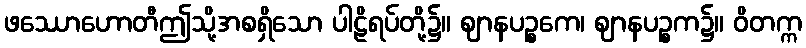
ဖဿောဟောတီဤသို့အစရှိသော ပါဠိရပ်တို့၌။ ဈာနပဉ္စကေ၊ ဈာနပဉ္စက၌။ ဝိတက္က